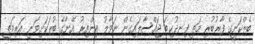
ބެލްކަނީގެ ފާރުބުރި މަތީ ފިނދުކިބަ ޖައްސާލައިގެން ނަވާލު އިންއިރު އޭނާގެ ބުރަކަށިވަނީ އަރިމަތީ